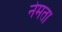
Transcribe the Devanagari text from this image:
नेमता